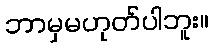
ဘာမှမဟုတ်ပါဘူး။